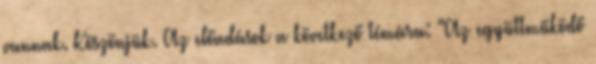
vannak. Köszönjük. Az előadások a következő témára: "Az együttműködő